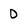
Character: 0